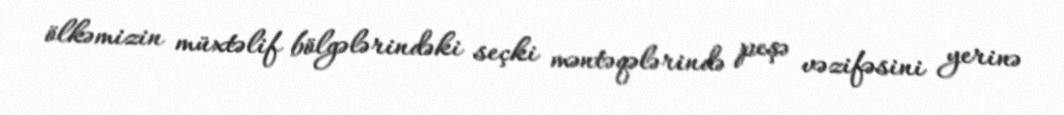
ölkəmizin müxtəlif bölgələrindəki seçki məntəqələrində peşə vəzifəsini yerinə